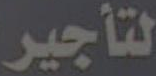
لتأجير